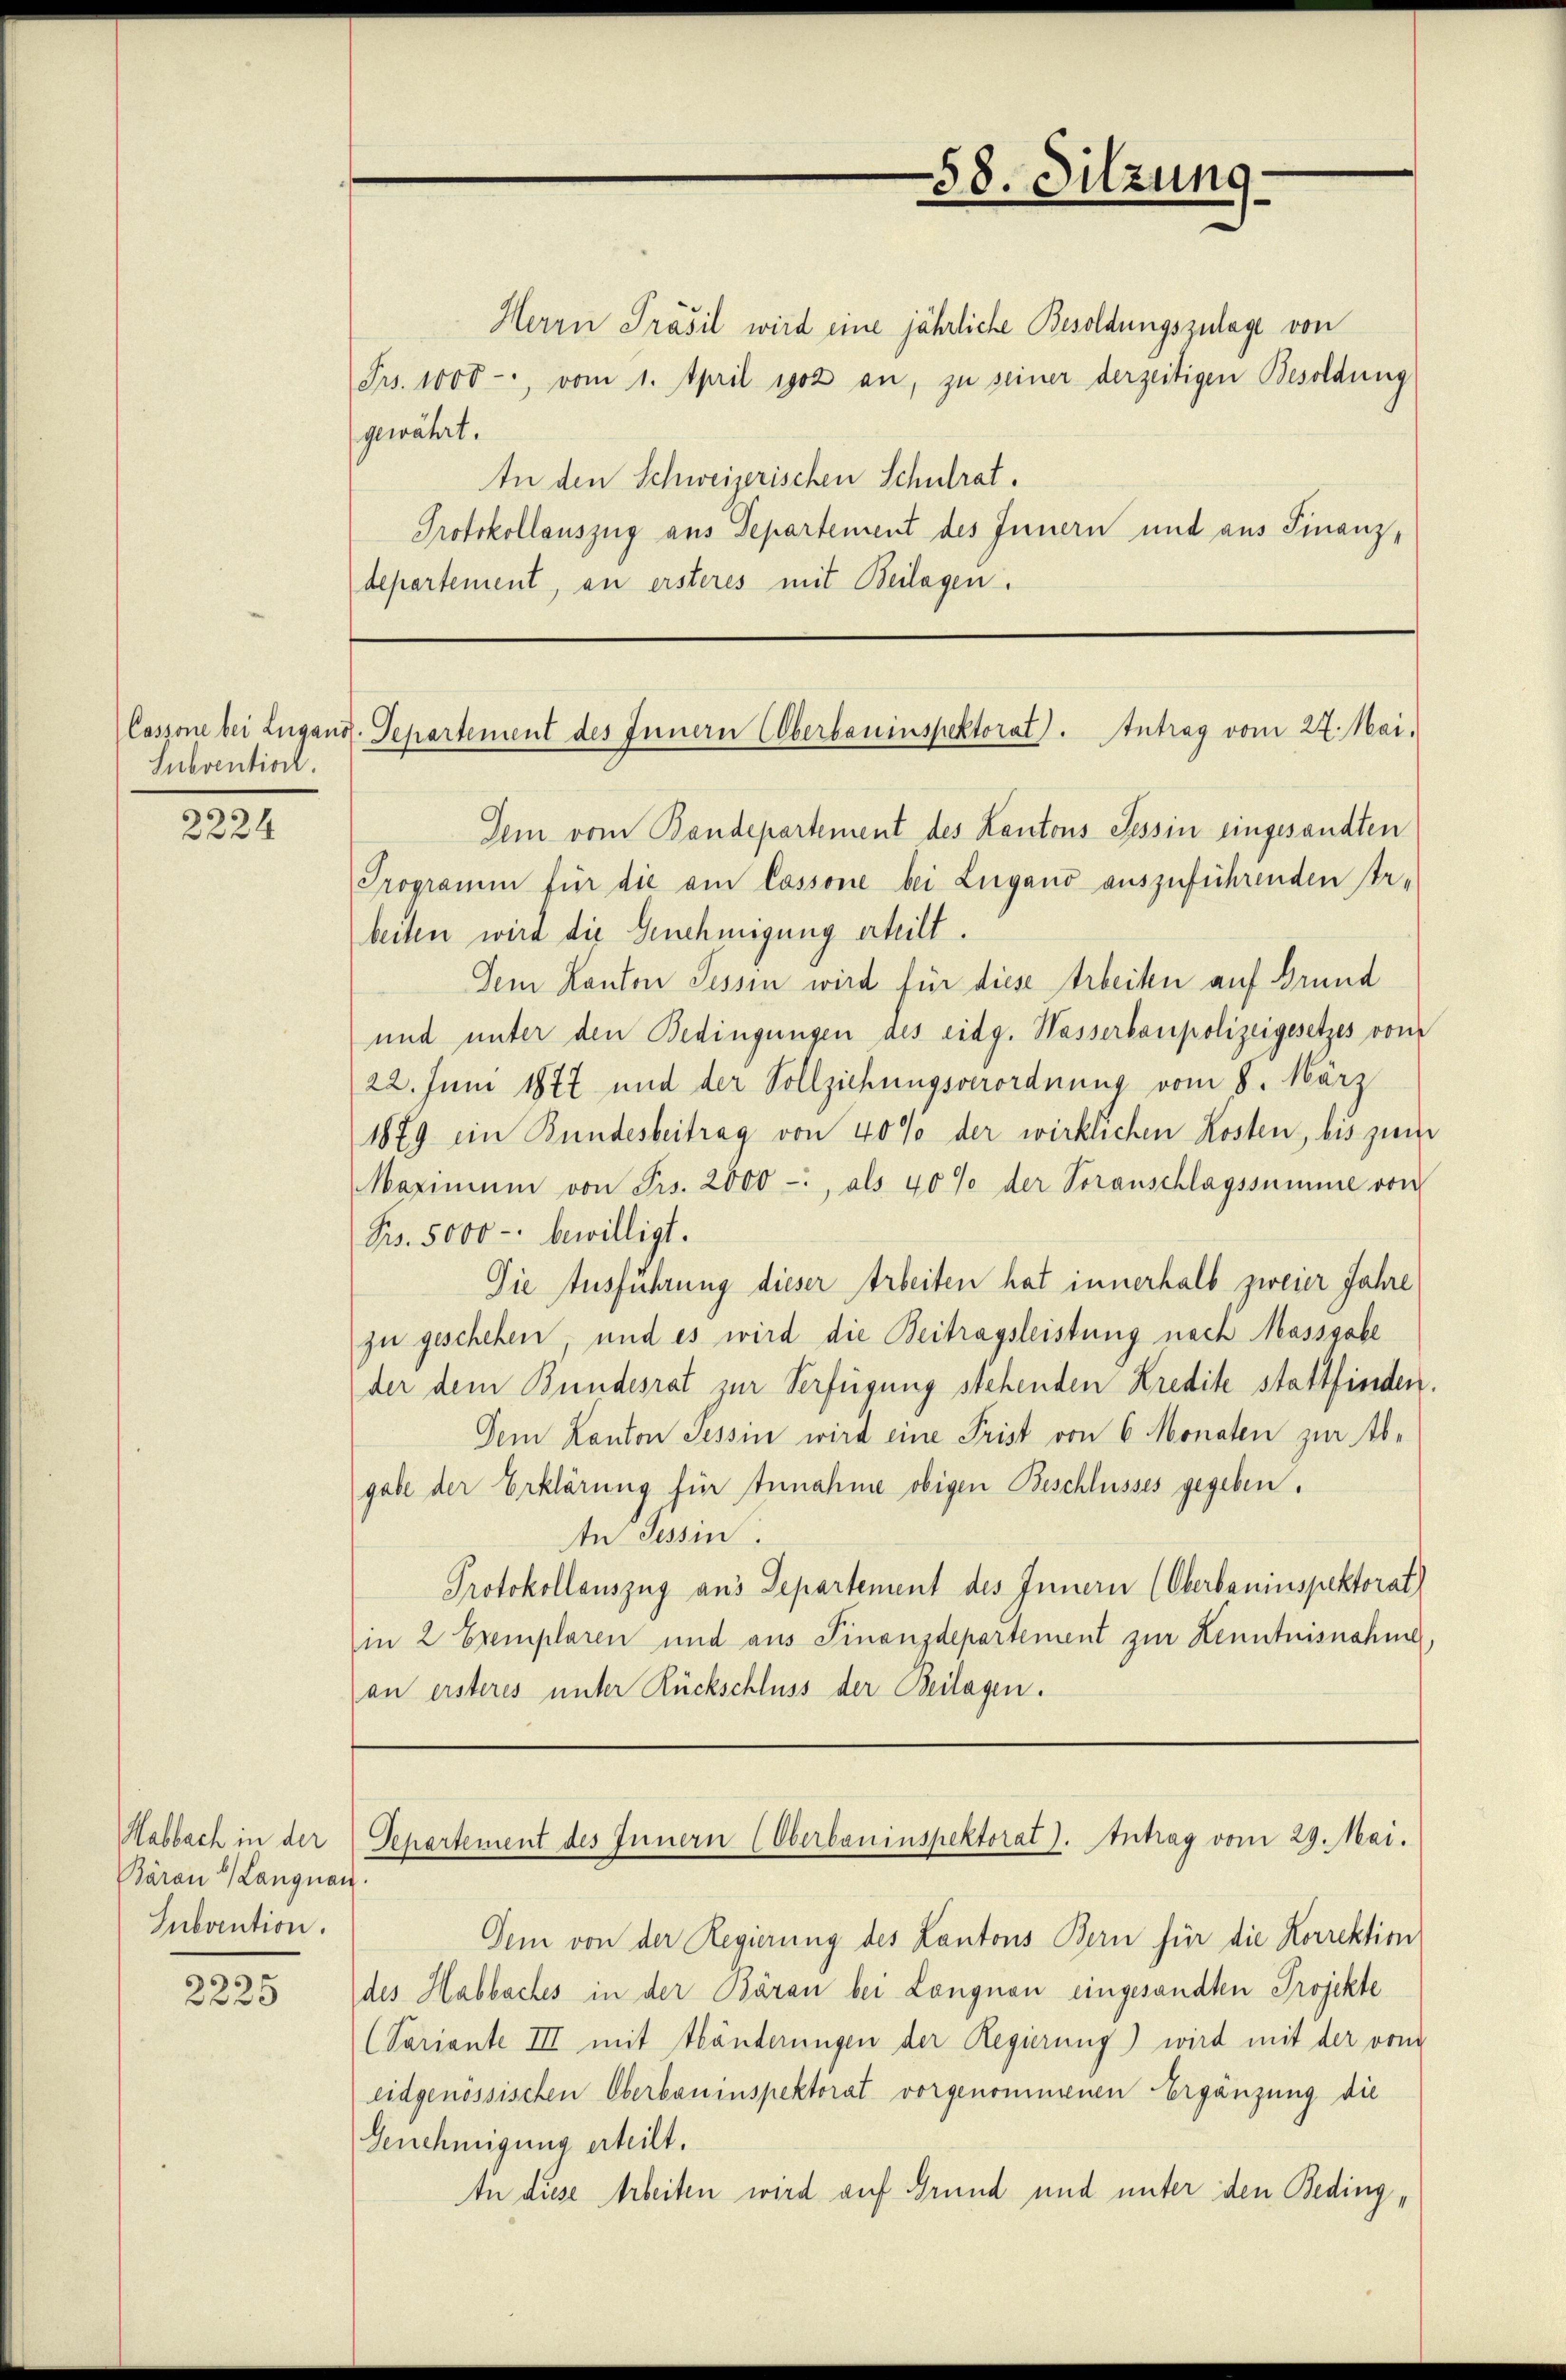
Subvention.

2224

Baran Langnau.
Subvention.

2225

Herrn Präsil wird eine jährliche Besoldungszulage von
Frs. 1000, vom 1. April 1902 an, zu seiner derzeitigen Besoldung
gewährt.
In den Schweizerischen Schulrat.
Protokollauszug aus Departement des Innern und aus Finanzdepartement, an ersteres mit Beilagen.

Dem vom Bandepartement des Kantons Tessin eingesandten
Programm für die am Cassone bei Lugano auszuführenden Erbeiten wird die Genehmigung erteilt.
Dem Kanton Tessin wird für diese Arbeiten auf Grund
und unter den Bedingungen des eidg. Wasserbaupolizeigesetzes vom
22. Juni 1877 und der Vollziehungsverordnung vom 8. März
1879 ein Bundesbeitrag von 40% der wirklichen Kosten, bis zum
Maximum von Frs. 2000 -, als 40% der Voranschlagssumme von
Frs. 5000 - bewilligt.
Die Ausführung dieser Arbeiten hat innerhalb zweier Jahre
zu geschehen, und es wird die Beitragsleistung nach Massgabe
der dem Bundesrat zur Verfügung stehenden Kredite stattfinden.
Dem Kanton Tessin wird eine Prist von 6 Monaten zur Ab-
gabe der Erklärung für Annahme obigen Beschlusses gegeben.
te Tessin.
Protokollauszug aus Departement des Innern (Oberbauinspektorat
in 2 Exemplaren und aus Finanzdepartement zur Kenntnisnahme.
an ersteres unter Rückschluss der Beilagen.

58. Sitzung.

Cossone bei Lugand. Separtement des Innern Elberbauinspektorat). Antrag vom 27. Mai.

Habbach in der Separtement des Innern (Oberbauinspektorat). Antrag vom 29. Mai.

Dem von der Regierung des Lantons Bern für die Korrektion
des Habbaches in der Baron bei Langnau eingesandten Projekte
(Sariante III mit Händerungen der Regierung) wird mit der vom
eidgenössischen Oberbauinspektorat vorgenommenen Ergänzung die
Genehmigung erteilt.
An diese Arbeiten wird auf Grund und unter den Beding¬